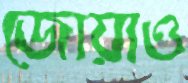
জোয়াও